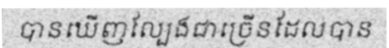
បានឃើញល្បែងជាច្រើនដែលបាន